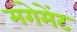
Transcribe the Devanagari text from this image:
मंगेमेंट